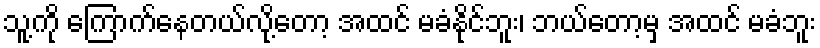
သူ့ကို ကြောက်နေတယ်လို့တော့ အထင် မခံနိုင်ဘူး၊ ဘယ်တော့မှ အထင် မခံဘူး